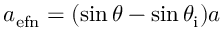
a _ { \mathrm { { e f } n } } = ( \sin { \theta } - \sin { \theta _ { \mathrm { { i } } } } ) a